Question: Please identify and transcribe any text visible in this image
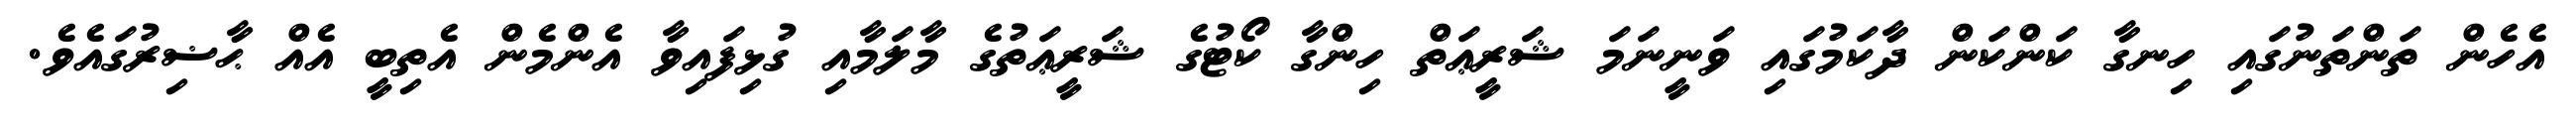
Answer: އެހެން ތަންތަނުގައި ހިނގާ ކަންކަން ދާކަމުގައި ވަނީނަމަ ޝަރީޢަތް ހިންގާ ކޯޓުގެ ޝަރީޢަތުގެ މާލަމާއި ގުޅިފައިވާ އެންމެން އެތިބީ އެއް ޙާޟިރުގައެވެ.